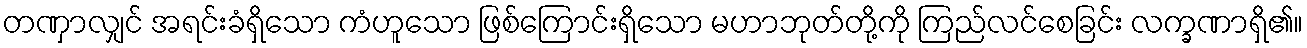
တဏှာလျှင် အရင်းခံရှိသော ကံဟူသော ဖြစ်ကြောင်းရှိသော မဟာဘုတ်တို့ကို ကြည်လင်စေခြင်း လက္ခဏာရှိ၏။